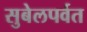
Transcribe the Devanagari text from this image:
सुबेलपर्वत